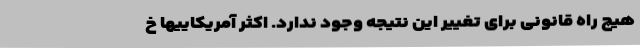
هیچ راه قانونی برای تغییر این نتیجه وجود ندارد. اکثر آمریکاییها خ